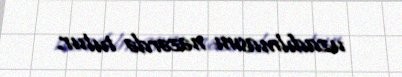
uzadılmasını nəzərdə tutur.